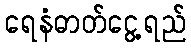
ရေနံဓာတ်ငွေ့ရည်